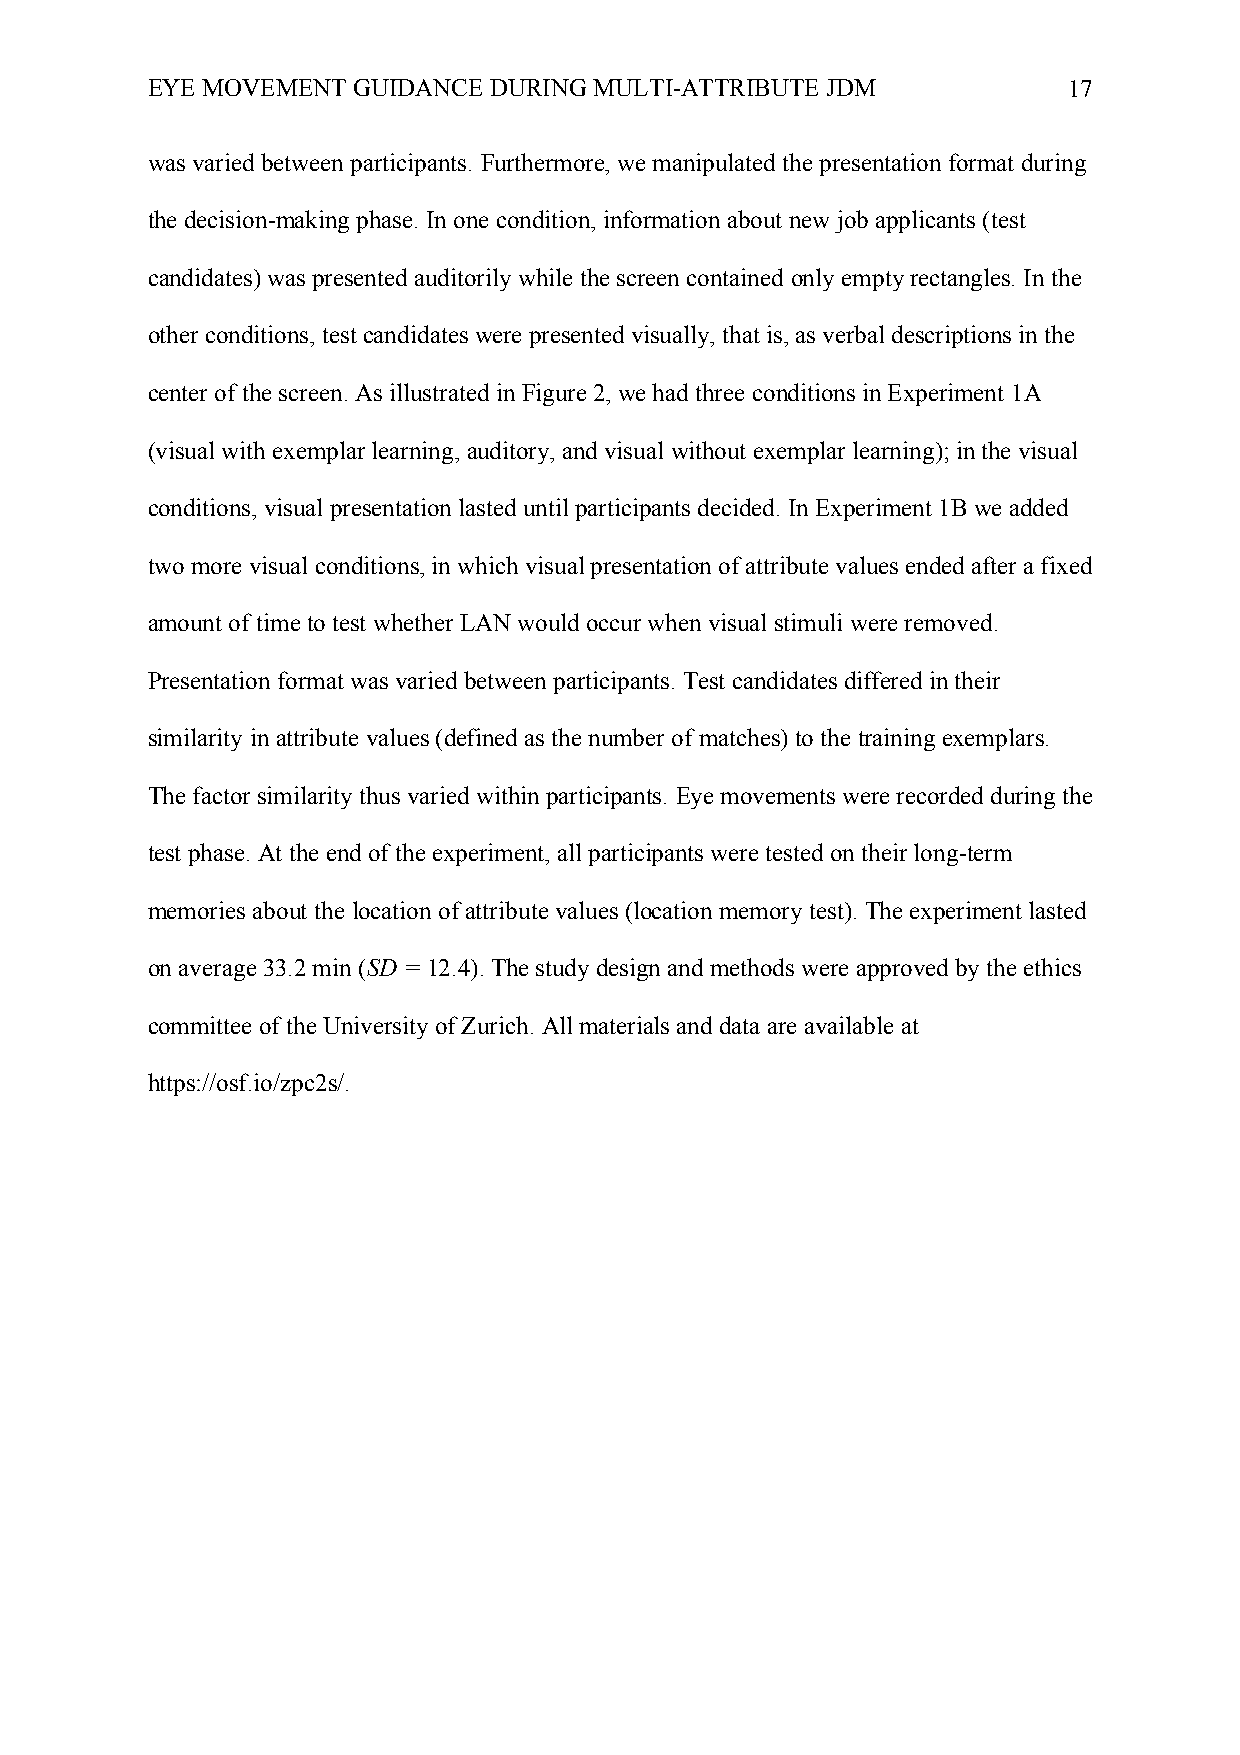
EYE MOVEMENT GUIDANCE DURING MULTI-ATTRIBUTE JDM             17
 was varied between participants. Furthermore, we manipulated the presentation format during
 the decision-making phase. In one condition, information about new job applicants (test
 candidates) was presented auditorily while the screen contained only empty rectangles. In the
 other conditions, test candidates were presented visually, that is, as verbal descriptions in the
 center of the screen. As illustrated in Figure 2, we had three conditions in Experiment 1A
 (visual with exemplar learning, auditory, and visual without exemplar learning); in the visual
 conditions, visual presentation lasted until participants decided. In Experiment 1B we added
 two more visual conditions, in which visual presentation of attribute values ended after a fixed
 amount of time to test whether LAN would occur when visual stimuli were removed.
 Presentation format was varied between participants. Test candidates differed in their
 similarity in attribute values (defined as the number of matches) to the training exemplars.
 The factor similarity thus varied within participants. Eye movements were recorded during the
 test phase. At the end of the experiment, all participants were tested on their long-term
 memories about the location of attribute values (location memory test). The experiment lasted
 on average 33.2 min (SD = 12.4). The study design and methods were approved by the ethics
 committee of the University of Zurich. All materials and data are available at
 https://osf.io/zpc2s/.